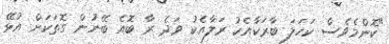
"ކޮންމެވެސް ކަހަލަ ބާރަކާއެކު ރަލާއެކު ވަދެ ރާ ބޮއެ ބޭނުން ގޮތަކަށް އުޅޭ